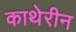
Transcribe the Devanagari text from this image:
काथेरीन